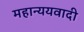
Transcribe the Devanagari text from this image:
महान्ययवादी